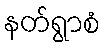
နတ်ရွာစံ